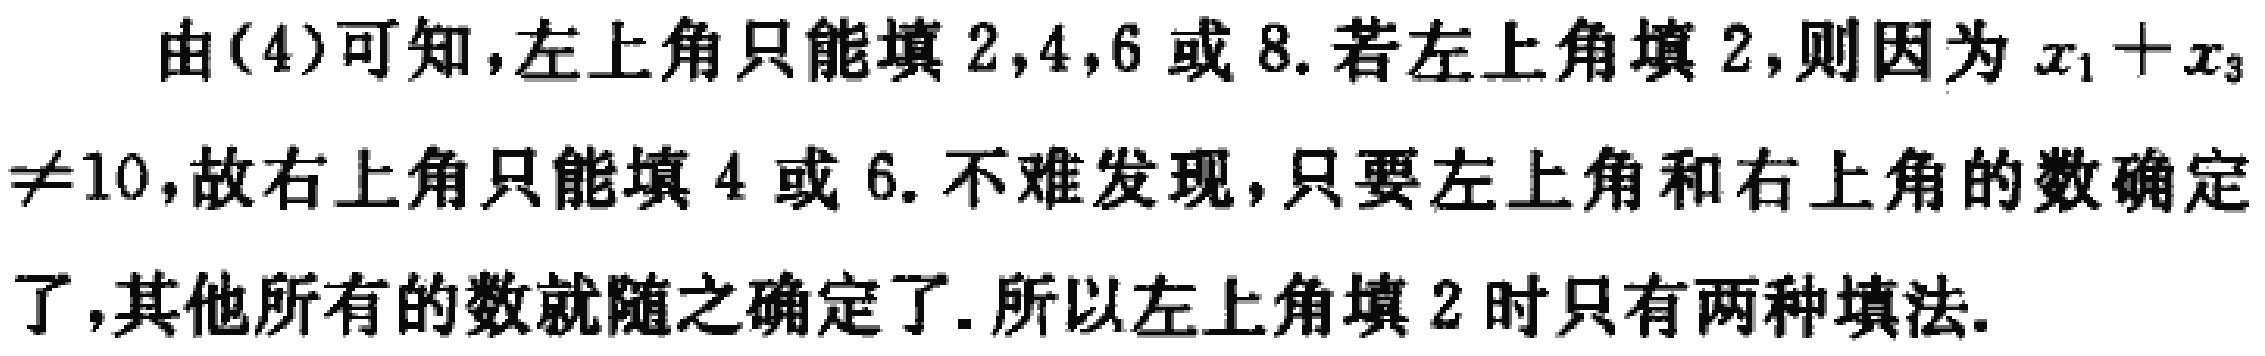
由(4)可知，左上角只能填 \(2,4,6\) 或 \(8\). 若左上角填 \(2\)，则因为 \(x_{1}+x_{3}\neq10\)，故右上角只能填 \(4\) 或 \(6\). 不难发现，只要左上角和右上角的数确定了，其他所有的数就随之确定了. 所以左上角填 \(2\) 时只有两种填法.